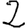
Digit: 2